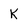
Character: K